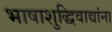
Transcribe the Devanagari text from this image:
भाषाशुद्धिवाद्यांना